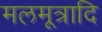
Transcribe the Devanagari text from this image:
मलमूत्रादि